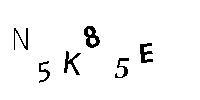
N5K85E